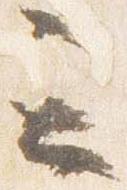
云